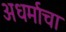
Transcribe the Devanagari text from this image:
अधर्माचा